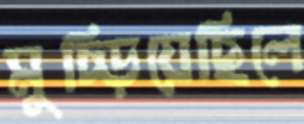
মুচ্‌ড়িয়েছিলে